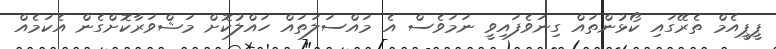
ޕީޕީއެމް ތެރޭގައި ކޯޅުންތައް ގިނަވެފައިވީ ނަމަވެސް އެ މައްސަލަތައް ހައްލުކޮށް މަޝްވަރާކޮށްގެން އެކަމެއް